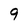
Character: 9